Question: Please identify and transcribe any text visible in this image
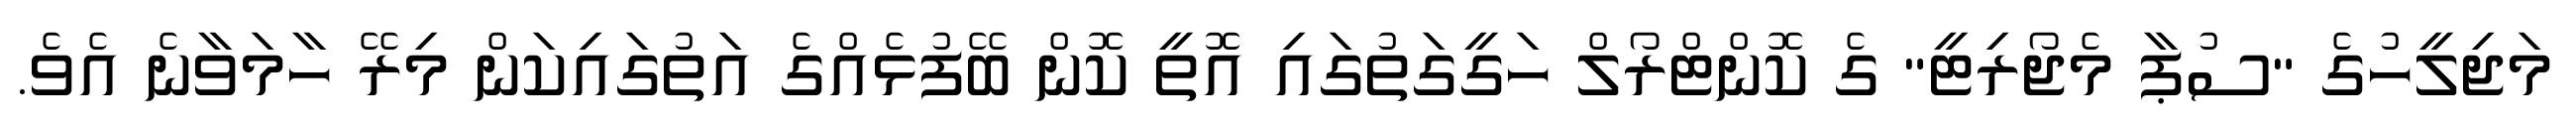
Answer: މަޖިލީހުގެ "ސުޕާ މެޖޯރިޓީ" ގެ ކޮންޓްރޯލް ހަގީގަތުގައި އޮތީ ކޮން ބޭފުޅެއްގެ އަތުގައިކަން މިރޭ ހާމަވާނެ އެވެ.